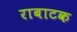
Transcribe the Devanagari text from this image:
राबाटक